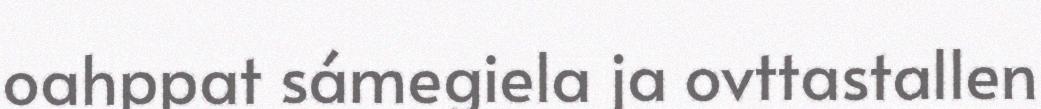
oahppat sámegiela ja ovttastallen